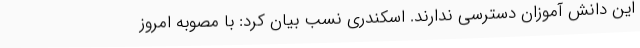
این دانش آموزان دسترسی ندارند. اسکندری نسب بیان کرد: با مصوبه امروز